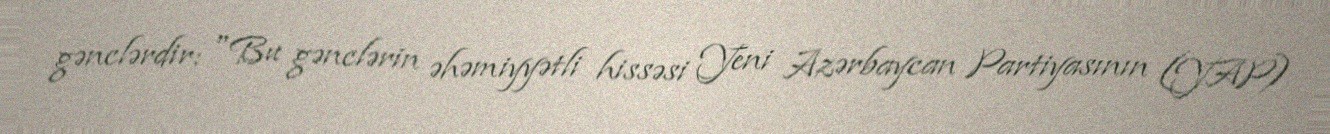
gənclərdir: "Bu gənclərin əhəmiyyətli hissəsi Yeni Azərbaycan Partiyasının (YAP)